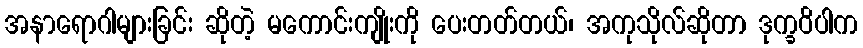
အနာရောဂါများခြင်း ဆိုတဲ့ မကောင်းကျိုးကို ပေးတတ်တယ်၊ အကုသိုလ်ဆိုတာ ဒုက္ခဝိပါက